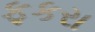
ફકરા